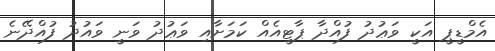
އެމްޑީޕީ އަކީ ވަޢުދު ފުއްދާ ޕާޓީއެއް ކަމަށާއި ވަޢުދު ވަނީ ވައުދު ފުއްދޭނެ